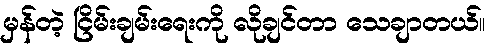
မှန်တဲ့ ငြိမ်းချမ်းရေးကို လိုချင်တာ သေချာတယ်။